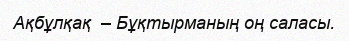
Ақбұлқақ  – Бұқтырманың оң саласы.